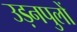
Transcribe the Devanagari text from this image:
उड़नपुलों